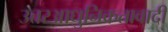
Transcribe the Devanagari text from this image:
उत्तरआधुनिकतावादी